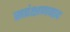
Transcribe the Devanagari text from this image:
सरंक्षणवाद